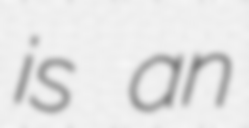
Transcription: is an